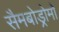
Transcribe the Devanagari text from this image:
सैमबोड्रोमो